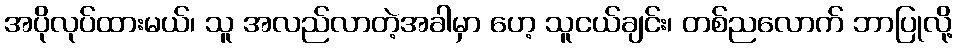
အပိုလုပ်ထားမယ်၊ သူ အလည်လာတဲ့အခါမှာ ဟေ့ သူငယ်ချင်း၊ တစ်ညလောက် ဘာပြုလို့